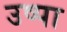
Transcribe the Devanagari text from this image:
उष्पा